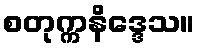
စတုက္ကနိဒ္ဒေသ။